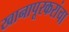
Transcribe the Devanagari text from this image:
खानापूरकरांचा